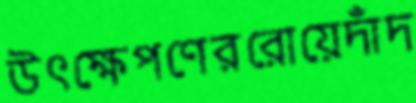
উৎক্ষেপণেররোয়েদাঁদ